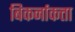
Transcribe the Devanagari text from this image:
बिकर्नाकत्ता